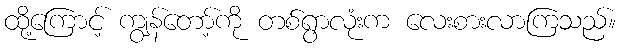
ထို့ကြောင့် ကျွန်တော့်ကို တစ်ရွာလုံးက လေးစားလာကြသည်။